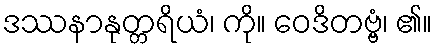
ဒဿနာနုတ္တရိယံ၊ ကို။ ဝေဒိတဗ္ဗံ၊ ၏။